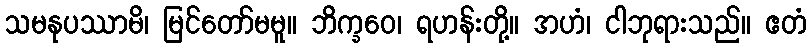
သမနုပဿာမိ၊ မြင်တော်မမူ။ ဘိက္ခဝေ၊ ရဟန်းတို့။ အဟံ၊ ငါဘုရားသည်။ ဧတံ